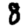
Digit: 8